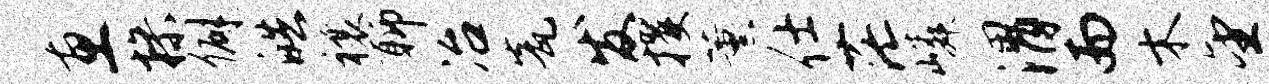
惠操僻皓禳聊冶瓮发攫薰仕茫嶙渭而木望